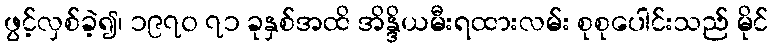
ဖွင့်လှစ်ခဲ့၍၊ ၁၉၇၀ ၇၁ ခုနှစ်အထိ အိန္ဒိယမီးရထားလမ်း စုစုပေါင်းသည် မိုင်